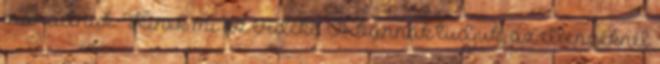
maradnak. Kinek mi az érdeke. Orbánnak tudjuk, az ellenzéknél